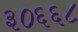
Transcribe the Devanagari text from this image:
३०६६८